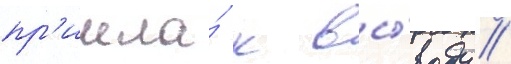
пр'ишла́ к вы́воду /